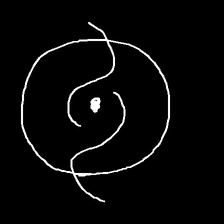
Glyph: repetition